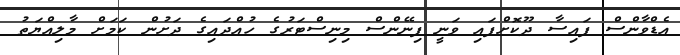
އެޑްވާންސް ފައިސާ ދޫކޮށްފައި ވަނީ ފިނޭންސް މިނިސްޓަރުގެ ހުއްދައިގެ ދަށުން ކަމަށް މާލިއްޔަތު